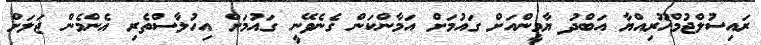
ރައިސުލްޖުމްހޫރިއްޔާ އަބްދު ޔާމީންއަށް ގައުމަށް އަމާންކަން ގެނެވޭނީ ގައުމަށް އިހުލާސްތެރި އެންމެން ޖަލަށް